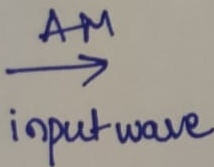
Text: AM input wave